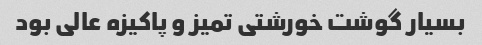
بسیار گوشت خورشتی تمیز و پاکیزه عالی بود